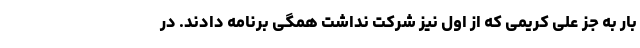
بار به جز علی کریمی که از اول نیز شرکت نداشت همگی برنامه دادند. در